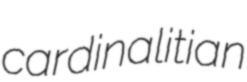
cardinalitian